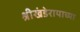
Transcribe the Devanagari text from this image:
श्रीखंडेरायाच्या